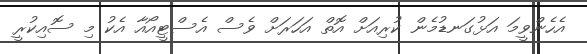
އެހެންވީމަ އަޅުގަނޑުމެން ކުރިއަށް އޮތް އަހަރަށް ވެސް އެސްޓީއޯއާ އެކު މި ސޮއިކުރީ